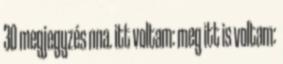
30 megjegyzés nna. itt voltam: meg itt is voltam: